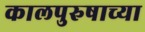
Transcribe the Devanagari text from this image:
कालपुरुषाच्या